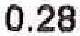
0.28